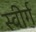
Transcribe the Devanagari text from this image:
स्वीर्ग